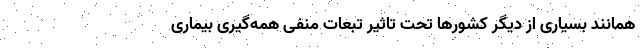
همانند بسیاری از دیگر کشورها تحت تاثیر تبعات منفی همه‌گیری بیماری